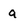
Character: a